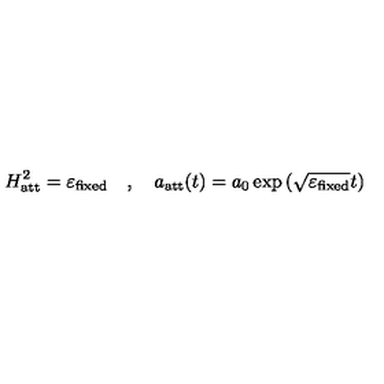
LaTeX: H _ { \mathrm { a t t } } ^ { 2 } = \varepsilon _ { \mathrm { f i x e d } } \quad , \quad a _ { \mathrm { a t t } } ( t ) = a _ { 0 } \exp \left( \sqrt { \varepsilon _ { \mathrm { f i x e d } } } t \right)